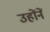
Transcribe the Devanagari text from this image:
उहोंनें